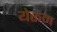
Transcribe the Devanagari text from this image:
येरूम